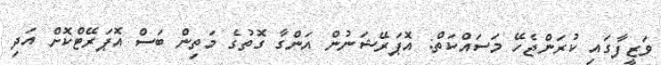
ވަޒީފާގައި ކުރަންޖެހޭ މަސައްކަތް: އޮޕަރޭޝަނުން އަންގާ ގޮތުގެ މަތިން ބަސް އޮޕަރޭޓްކޮށް އަދި